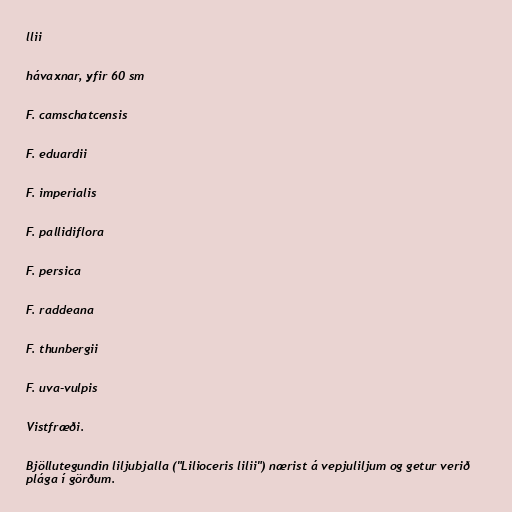
llii

hávaxnar, yfir 60 sm

F. camschatcensis

F. eduardii

F. imperialis

F. pallidiflora

F. persica

F. raddeana

F. thunbergii

F. uva-vulpis

Vistfræði.

Bjöllutegundin liljubjalla ("Lilioceris lilii") nærist á vepjuliljum og getur verið
plága í görðum.